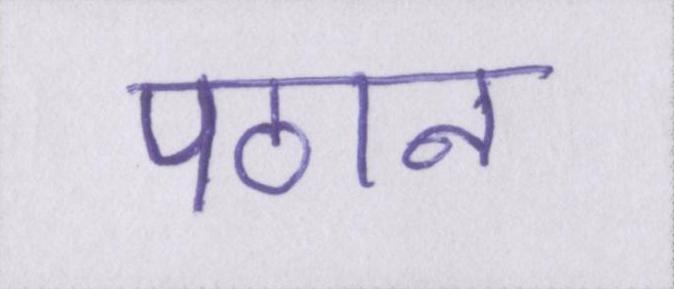
पठान